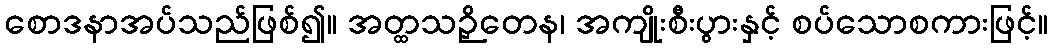
စောဒနာအပ်သည်ဖြစ်၍။ အတ္ထသဉှိတေန၊ အကျိုးစီးပွားနှင့် စပ်သောစကားဖြင့်။